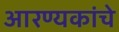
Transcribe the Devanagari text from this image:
आरण्यकांचे